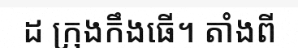
ដ ក្រុងកឹងធើ។ តាំងពី